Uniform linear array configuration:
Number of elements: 12
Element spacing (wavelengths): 0.25
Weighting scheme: exponential
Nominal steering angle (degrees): -60
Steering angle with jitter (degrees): -58.6
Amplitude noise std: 0.05
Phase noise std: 0.05

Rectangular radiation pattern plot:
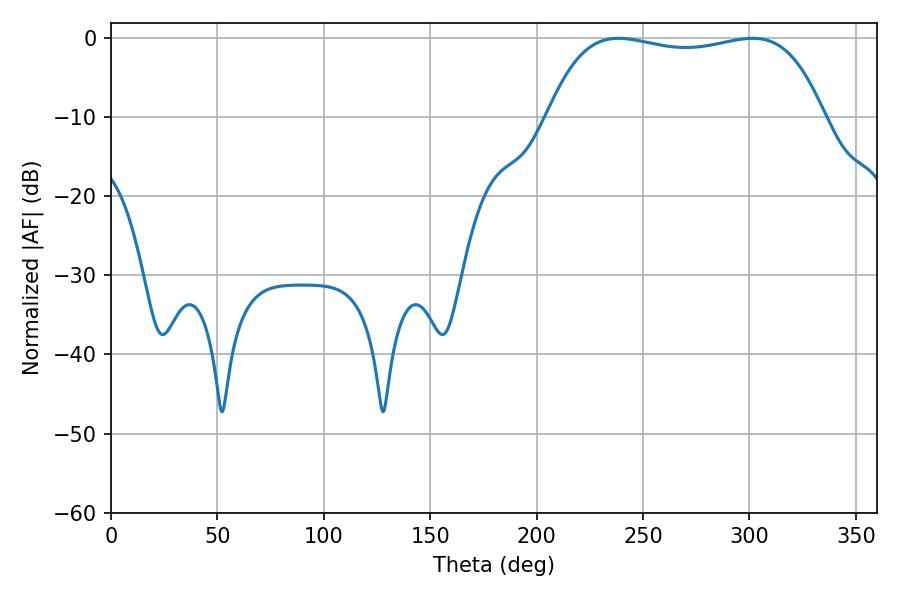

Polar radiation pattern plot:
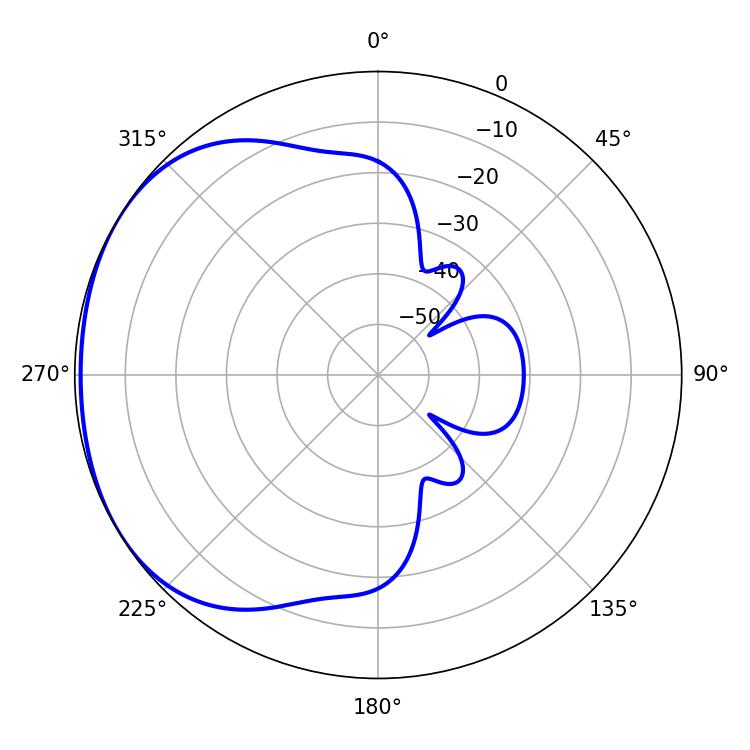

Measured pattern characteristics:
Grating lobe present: FALSE
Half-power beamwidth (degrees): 104.04
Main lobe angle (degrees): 238.5